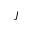
J